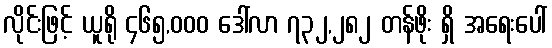
လိုင်းဖြင့် ယူရို ၄၆၅,၀၀၀ ဒေါ်လာ ၇၃၂,၂၈၂ တန်ဖိုး ရှိ အရေးပေါ်